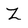
Character: Z